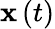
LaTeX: \mathbf{x}\left(t\right)